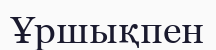
Ұршықпен